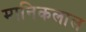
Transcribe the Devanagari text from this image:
मानिकलाल